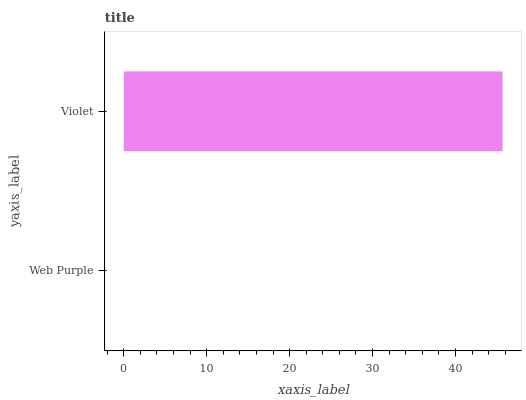
| yaxis_label | bars |
 | --- | --- |
 | Web Purple | 0 |
 | Violet | 45.7 |